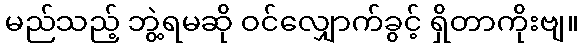
မည်သည့် ဘွဲ့ရမဆို ဝင်လျှောက်ခွင့် ရှိတာကိုးဗျ။